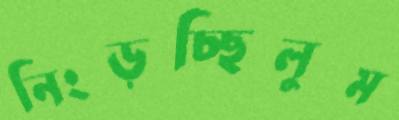
নিংড়চ্ছিলুম